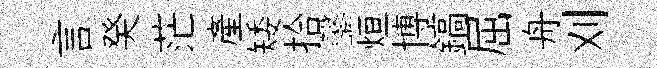
言癸茫産矮拾鑿烜博鎬屈舟刈